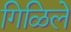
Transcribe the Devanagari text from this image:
गिळिले